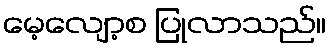
မေ့လျော့စ ပြုလာသည်။